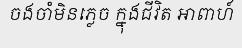
ចងចាំមិនភ្លេច ក្នុងជីវិត អាពាហ៍